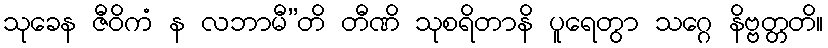
သုခေန ဇီဝိကံ န လဘာမီ”တိ တီဏိ သုစရိတာနိ ပူရေတွာ သဂ္ဂေ နိဗ္ဗတ္တတိ။